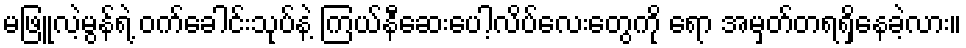
မဖြူလဲ့မွန်ရဲ့ ဝက်ခေါင်းသုပ်နဲ့ ကြယ်နီဆေးပေါ့လိပ်လေးတွေကို ရော အမှတ်တရရှိနေခဲ့လား။